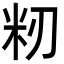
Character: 籾